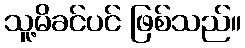
သူ့မိခင်ပင် ဖြစ်သည်။